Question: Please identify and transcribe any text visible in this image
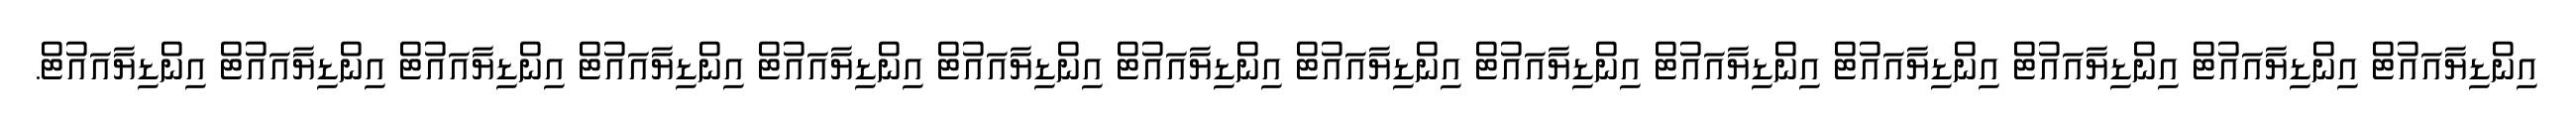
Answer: އިންޑިޔާއައުޓް އިންޑިޔާއައުޓް އިންޑިޔާއައުޓް އިންޑިޔާއައުޓް އިންޑިޔާއައުޓް އިންޑިޔާއައުޓް އިންޑިޔާއައުޓް އިންޑިޔާއައުޓް އިންޑިޔާއައުޓް އިންޑިޔާއައުޓް އިންޑިޔާއައުޓް އިންޑިޔާއައުޓް އިންޑިޔާއައުޓް އިންޑިޔާއައުޓް.